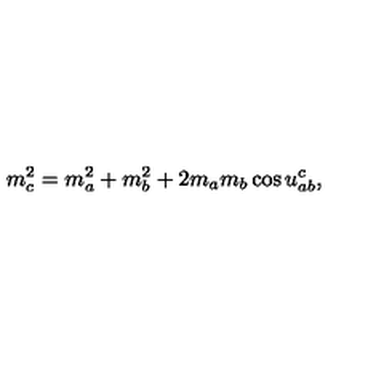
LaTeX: m _ { c } ^ { 2 } = m _ { a } ^ { 2 } + m _ { b } ^ { 2 } + 2 m _ { a } m _ { b } \cos u _ { a b } ^ { c } ,